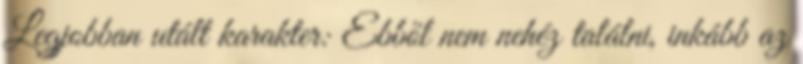
Legjobban utált karakter: Ebből nem nehéz találni, inkább az